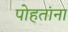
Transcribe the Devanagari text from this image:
पोहतांना